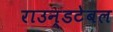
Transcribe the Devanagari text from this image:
राउन्डटेबल